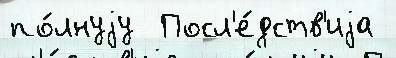
по́лнуjу  Посл'е́дств'иjа